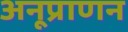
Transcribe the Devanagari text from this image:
अनूप्राणन